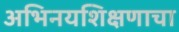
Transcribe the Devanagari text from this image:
अभिनयशिक्षणाचा